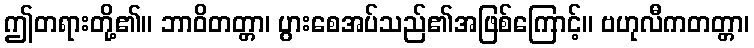
ဤတရားတို့၏။ ဘာဝိတတ္တာ၊ ပွားစေအပ်သည်၏အဖြစ်ကြောင့်။ ဗဟုလီကတတ္တာ၊